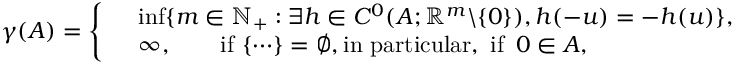
\gamma ( A ) = \left\{ \begin{array} { r l } & { \operatorname* { i n f } \{ m \in \mathbb { N } _ { + } : \exists h \in C ^ { 0 } ( A ; \mathbb { R } ^ { m } \backslash \{ 0 \} ) , h ( - u ) = - h ( u ) \} , } \\ & { \infty , \quad \quad \mathrm { i f ~ } \{ \cdots \} = \emptyset , \mathrm { i n ~ p a r t i c u l a r , ~ i f ~ } \, 0 \in A , } \end{array} \right.